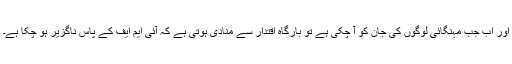
اور اب جب مہنگائی لوگوں کی جان کو آ چکی ہے تو بارگاہ اقتدار سے منادی ہوتی ہے کہ آئی ایم ایف کے پاس ناگزیر ہو چکا ہے۔